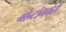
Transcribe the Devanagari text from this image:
मोन्टोगमेरी